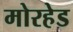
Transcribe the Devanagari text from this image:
मोरहेड